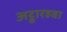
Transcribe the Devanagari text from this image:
अट्ठारहवा